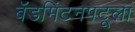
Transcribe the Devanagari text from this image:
बॅडमिंटनपटूला